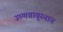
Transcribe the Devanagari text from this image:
उष्णवायुस्नान